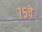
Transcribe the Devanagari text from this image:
७५वे